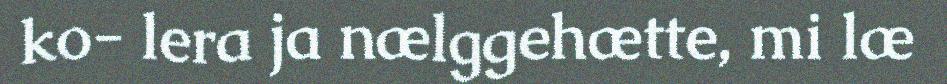
ko- lera ja nælggehætte, mi læ